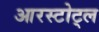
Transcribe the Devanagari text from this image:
आरस्टोट्ल